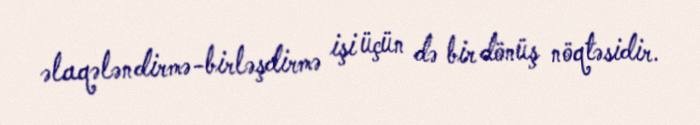
əlaqələndirmə-birləşdirmə işi üçün də bir dönüş nöqtəsidir.